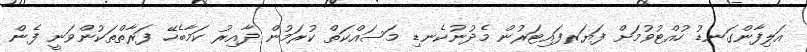
އަލިފާންގަނޑު ހުއްޓުވުމަށް ފަޔަރފައިޓަރުން މެދުނުކެނޑި މަސައްކަތް ކުރަމުން ދާއިރު ކަމާބެހޭ ފަރާތްތަކުންވަނީ ފެން